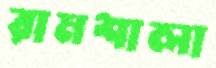
রামশালা